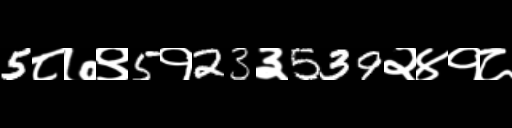
Text: 5८७९5१23३539२४१८